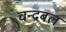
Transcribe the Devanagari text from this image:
चन्द्रबल